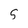
Character: S